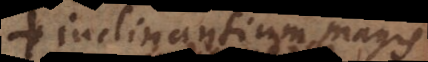
inclinantium magis